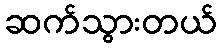
ဆက်သွားတယ်